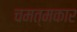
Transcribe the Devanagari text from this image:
चमत्मकार